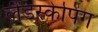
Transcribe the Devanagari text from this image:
लैंडस्केपिंग